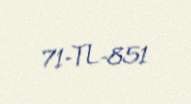
71-TL-851